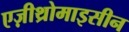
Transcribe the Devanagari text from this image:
एज़ीथ्रोमाइसीन